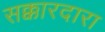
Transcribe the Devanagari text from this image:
सक्कारदारा